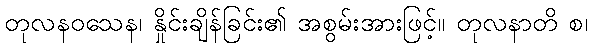
တုလနဝသေန၊ နှိုင်းချိန်ခြင်း၏ အစွမ်းအားဖြင့်။ တုလနာတိ စ၊